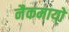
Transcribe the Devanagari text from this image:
नैकमायो